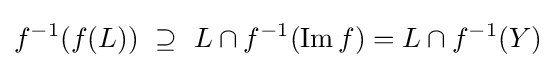
f^{-1}(f(L))~\supseteq ~L\cap f^{-1}(\operatorname {Im} f)=L\cap f^{-1}(Y)